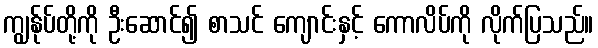
ကျွန်ုပ်တို့ကို ဦးဆောင်၍ စာသင် ကျောင်းနှင့် ကောလိပ်ကို လိုက်ပြသည်။